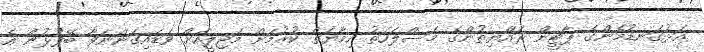
އަޅުގަނޑުމެންގެ ޕާޓީން ރައްޔިތުންގެ މަސްލަހަތު ހިމާޔަތް ކުރުމަށް މަޖިލީހަށް ވަޑައިގަންނަވާ ބޭފުޅުން އެ